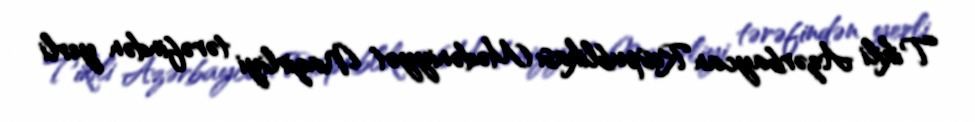
Tikili Azərbaycan Respublikası Mədəniyyət Nazirliyi tərəfindən yerli